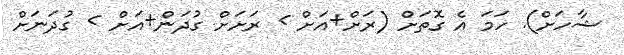
ޝާހަށް). ހަމަ އެ ގޮތަށް (ރަށް+އަށް > ރަށަށް ގުދަން+އަށް > ގުދަނަށް